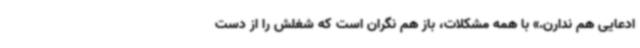
ادعایی هم ندارن.» با همه مشکلات، باز هم نگران است که شغلش را از دست